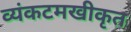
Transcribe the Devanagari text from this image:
व्यंकटमखीकृत